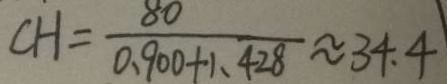
C H = \frac { 8 0 } { 0 . 9 0 0 + 1 . 4 2 8 } \approx 3 4 . 4